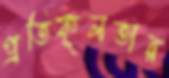
প্রতিকূলতার